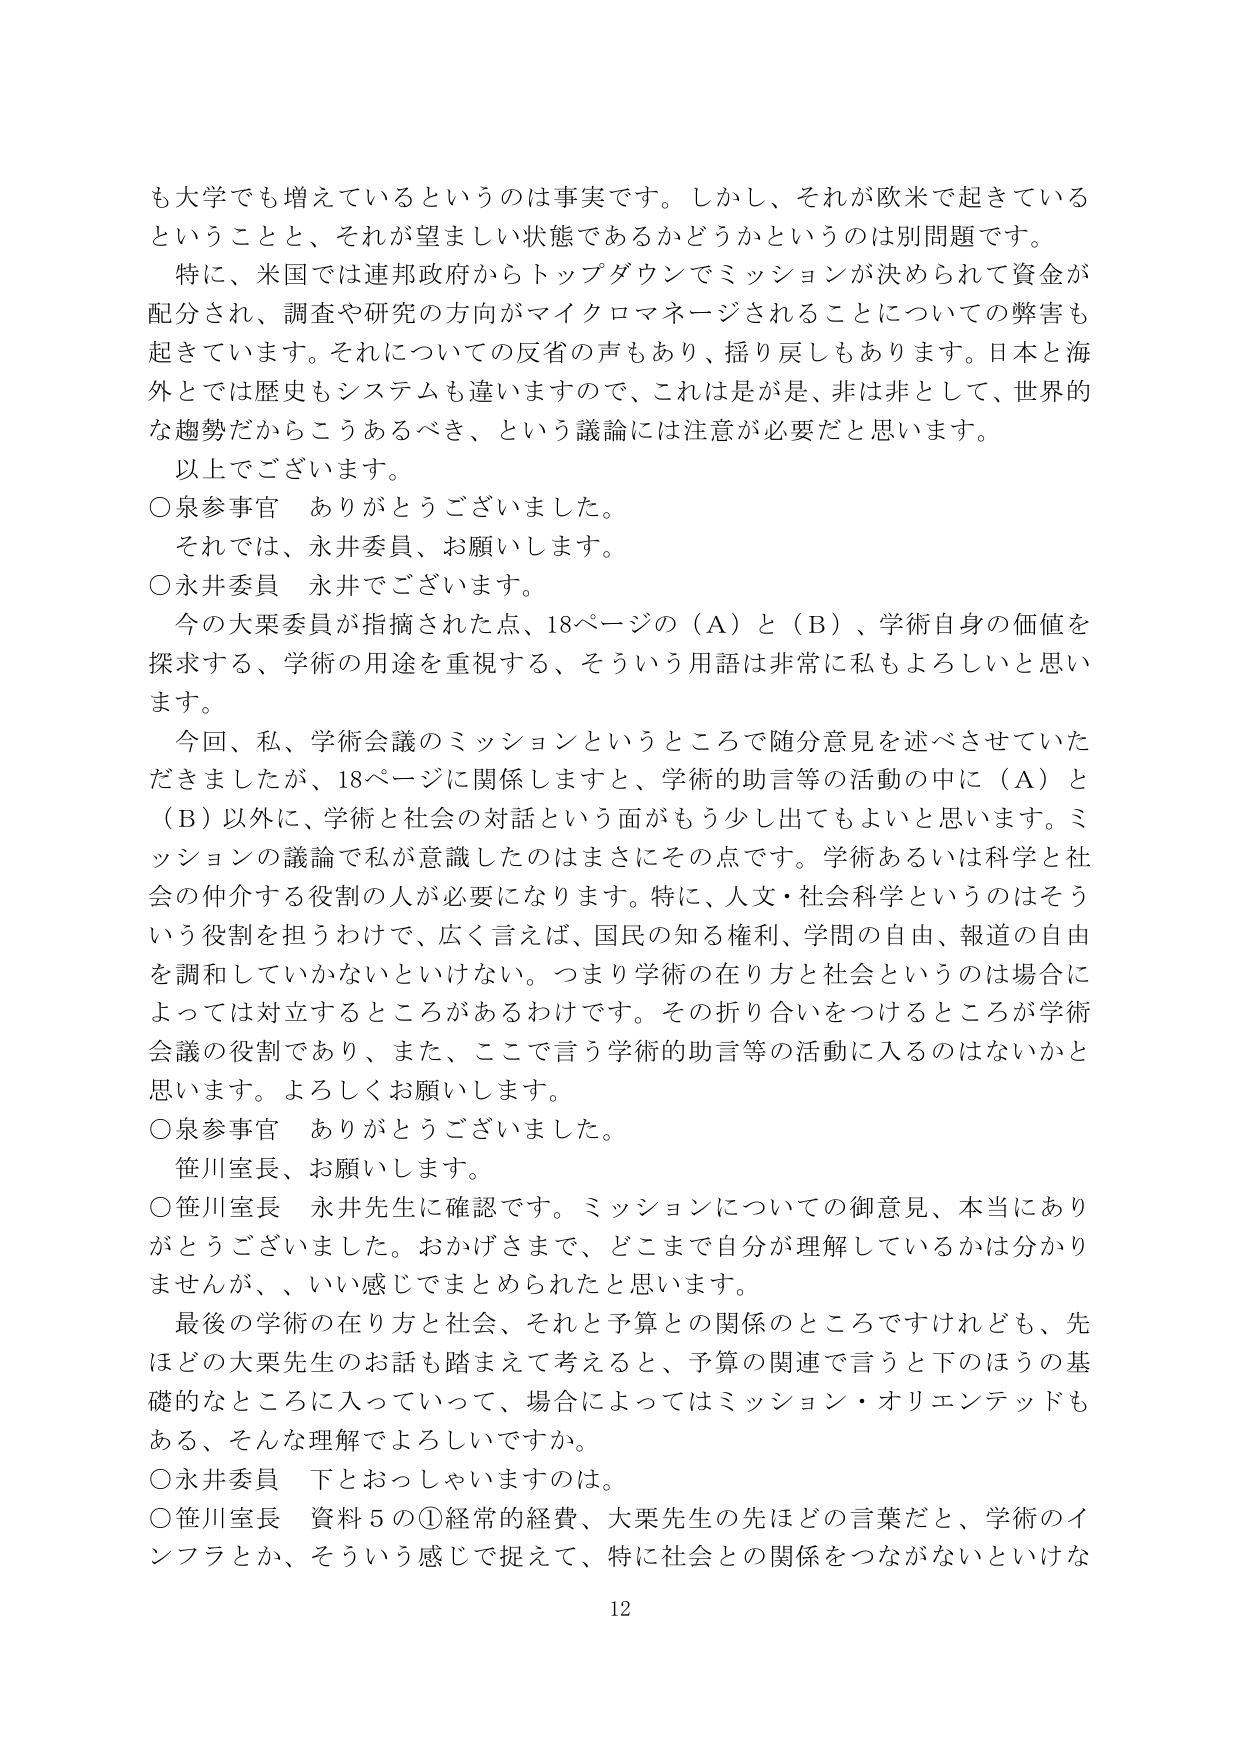
も大学でも増えているというのは事実です。しかし、それが欧米で起きている
ということと、それが望ましい状態であるかどうかというのは別問題です。
特に、米国では連邦政府からトップダウンでミッションが決められて資金が
配分され、調査や研究の方向がマイクロマネージされることについての弊害も
起きています。それについての反省の声もあり、揺り戻しもあります。日本と海
外とでは歴史もシステムも違いますので、これは是が是、非は非として、世界的
な趨勢だからこうあるべき、という議論には注意が必要だと思います。
以上でございます。
○泉参事官　ありがとうございました。
それでは、永井委員、お願いします。
○永井委員　永井でございます。
今の大栗委員が指摘された点、18ページの（Ａ）と（Ｂ）、学術自身の価値を
探求する、学術の用途を重視する、そういう用語は非常に私もよろしいと思い
ます。
今回、私、学術会議のミッションというところで随分意見を述べさせていた
だきましたが、18ページに関係しますと、学術的助言等の活動の中に（Ａ）と
（Ｂ）以外に、学術と社会の対話という面がもう少し出ててもよいと思います。ミ
ッションの議論で私が意識したのはまさにその点です。学術あるいは科学と社
会の仲介する役割の人が必要になります。特に、人文・社会科学というのはそろ
いろ役割を担うわけで、広く言えば、国民の知る権利、学問の自由、報道の自由
を調和していかないといけない。つまり学術の在り方と社会というのは場合に
よっては対立するところがあるわけです。その折り合いをつけるところが学術
会議の役割であり、また、ここで言う学術的助言等の活動に入るのではないかと
思います。よろしくお願いします。
○泉参事官　ありがとうございました。
笹川室長、お願いします。
○笹川室長　永井先生に確認です。ミッションについての御意見、本当にあり
がとうございました。おかげさまで、どこまで自分が理解しているかは分かり
ませんが、いい感じでまとめられたと思います。
最後の学術の在り方と社会、それと予算との関係のところですけれども、先
ほどの大栗先生のお話も踏まえて考えると、予算の関連で言うと下のほうの基
礎的なところに入っていって、場合によってはミッション・オリエンテッドも
ある、そんな理解でよろしいですか。
○永井委員　下とおっしゃいますのは。
○笹川室長　資料５の①経常的経費、大栗先生の先ほどの言葉だと、学術のイ
ンフラとか、そういう感じで捉えて、特に社会との関係をつながなないといけな
12